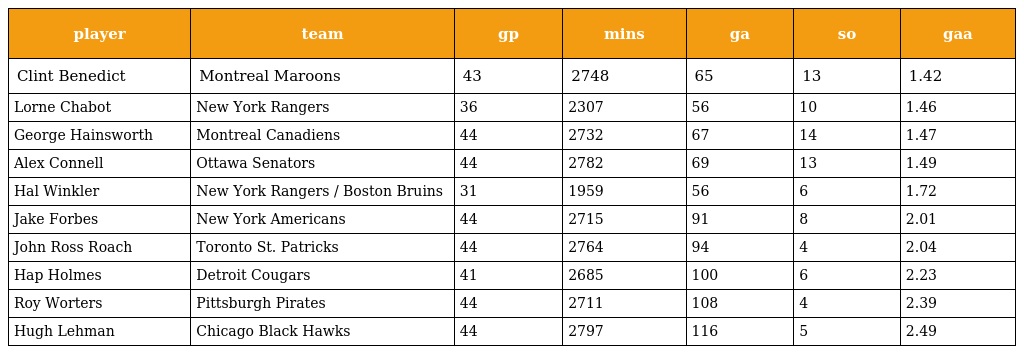
| player | team | gp | mins | ga | so | gaa |
 | --- | --- | --- | --- | --- | --- | --- |
 | Clint Benedict | Montreal Maroons | 43 | 2748 | 65 | 13 | 1.42 |
 | Lorne Chabot | New York Rangers | 36 | 2307 | 56 | 10 | 1.46 |
 | George Hainsworth | Montreal Canadiens | 44 | 2732 | 67 | 14 | 1.47 |
 | Alex Connell | Ottawa Senators | 44 | 2782 | 69 | 13 | 1.49 |
 | Hal Winkler | New York Rangers / Boston Bruins | 31 | 1959 | 56 | 6 | 1.72 |
 | Jake Forbes | New York Americans | 44 | 2715 | 91 | 8 | 2.01 |
 | John Ross Roach | Toronto St. Patricks | 44 | 2764 | 94 | 4 | 2.04 |
 | Hap Holmes | Detroit Cougars | 41 | 2685 | 100 | 6 | 2.23 |
 | Roy Worters | Pittsburgh Pirates | 44 | 2711 | 108 | 4 | 2.39 |
 | Hugh Lehman | Chicago Black Hawks | 44 | 2797 | 116 | 5 | 2.49 |